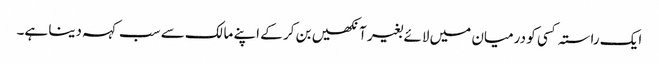
ایک راستہ کسی کو درمیان میں لائے بغیر آنکھیں بن کر کے اپنے مالک سے سب کہہ دینا ہے۔